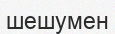
шешумен